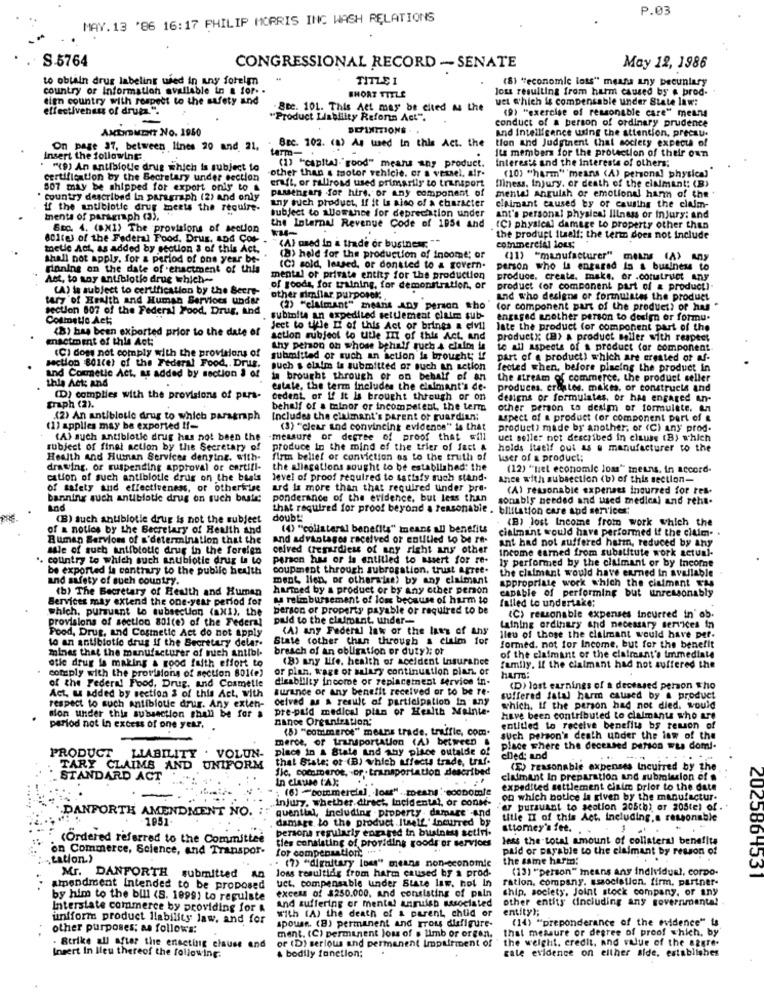
P.03
MAY. 13 '86 16:17 PHILIP MORRIS INC WASH RELATIONS
S-5764
CONGRESSIONAL RECORD - SENATE
May 12, 1986
to obtain drus labeling used in any forelm
TITLE I
(8) "economic loss" means any pecuniary
country or Information available in a for. .
Joss resulting from harm caused by a brod-
dign country with respect to the safety and
SHORT TITLE
uel which is compensable under State law:
effectiveness of drugs.".
.BBC. 101. This Act may be cited As the
"Product Liability Refors Act".
conduct of a person of ordinary prudence
(9) "exercise of reasonable care" means
AMENDMENT NO. 1950
and Intelligence using the attention, precau.
tion and Judyinent Chal society expecta of
On page 37, between lines 20 and 21. "
Bec. 102. (a) As used in this Act. the
Its members for the protection of their own
Insert the following:
(1) "capital-"good" means any product.
Interests and the interests of others:
"(9) An antibiotic drug which is subject to
other than & motor vehicle. er a vessel, alr.
certification by the Secretary under section
(10) "harm" means (A) personal physical
507 may be shipped for export only to &
passengers for hire, or any component of
craft, or ralirosd used primarily to transport
mental Anguish or emotional har of the .
finess, Injury. or death of the cinimant; (B)
country described In paragraph (2) and only
any such product, If it Is also of a character
If the antibiotic drug ments the require.
subject to allowance for depreciation under
claimant caused by or causths the claim-
ments of paragraph (3).
ant's personal physical lilness or injury: and
Sto. 4. (aN1) The provisions of section
the Internal Revenue Code of 1954 and
WEG-
(CI physical damage to property other than
801tej of the Federal Food, Drug, and Cot-
the product itself: the term does not Include
metic Act, as added by section 3 of this Act.
(A) used in a trade or business: ""
commercial long
shall not apply, for a period of one year be-
(8) held for the production of Income; or
(11) "manufacturer"
finning on the date of enactment of this
(C) sold, leused, or donsted to a govern.
person who is engaged In a business to
Ast, to any antibiotio drue which-
mental of private enthy for the production
produce. create. make, or .cotutrust any
(A) la subject to certification by the Secre-
of goods, for training, for demonstration, or
product (or component part of a product)
tary of Health and Human Services under
other similar purposek ;.
and who designs or formulates the product
section 807 of the Federal Food, Drug, And
(2) "claimant" means ADJ person who
(or component part of the product? of hus
Commeto Act;
subioite an expedited settlement claim sub-
engaged another person to design or formu.
(B) has been exported prior to the date of
Jeet to thele Li of this Act of brings a civil
late the product for component part of the
enactment of this Act:
action subject to utle III of this Act, and
productx; (B) a product seller with respect
thy Dehon on whose behalf queh 4 claim
to all aspects of a product for component
(C) doms not comply with the provisions of
submitted or such an action is brought; If
part of a product) which are created of af-
section 801(e) of the Federal Food ,. Drug.
such s claim is submitted or such an action
fected when, before placing the product in
and Cosmetic Act. as added by section § of
this Act: and
ta brought through or on behalf of an
the stream of commerce. the product seller
estate, the term includes the claimant's de-
produces. craftes. makes, or constructs and
(D) complies with the provisions of pars-
cedent, or If it Is brought through or on
deliens or formulates, or has engaged an-
traph (2).
behalf of a minor or incompetent, the term
other person to deaim of formulate. An
(2) An antibiotic drug to which paragraph
Includes the claimant's parent or guardian;
aspect of a product for component part of &
(1) applies may be exported !!-
(3) "clear and convincing evidence" is that
product) made by another, or (C) any prod-
(A) such antibiotic drug has not been the
measure or degree of proof that will
uet seller not described in clause (B) which
subject of finei action by the Secretary of produce In the mind of the trier of fact &
subject of finei action by the Secretary of
produce In the mind of the trier of fact &
holds itself out as a manufacturer to the
Health and Human Services denyine. with-
firm belief or conviction os to the truth of
user of a product;
drawing, or suspending approval or certifi-
the allegations sought to be established: the
(12) ""niet economie loss" means, in accord-
cation of such antibiotic drug on the basis level of proof required to satisfy such stand.
Ance with subsection (b) of this section-
of safety and effectiveness, or otherwise
ard is more than that required uinder pre-
(A) reasonable expenses incurred for res-
banning auch antibiotic drug on such beste;
ponderance of the evidence, but less than
sonably needed and used medical and reht-
Ind
that required for proof beyond a reasonable . bilitation care and services:
(B) such antibiotic drug is not the subject
doubt:
(B) Jost Income from work which the
of a noties by the Secretary of Health and
(0) "collateral benefits" means all benefits
cialmant would have performed if the claim-
Bumen Servions of a'determination that the
And advantages received or entitled to be re-
ant had not suffered harm, reduced by any
sale of such antibiotic drug in the forelen
ceived (regardless of any right any other
Income earned from substitute work actual.
. country to which such antibiotic drug la to
person has or is entitled to assert for re-
ly performed by the claimant or by Income
be exported la contrary to the public health
coupment through subrogation. trust Agree.
the claimant would have enmed in available
and safety of such country.
ment, lien, or otherwise) by any claimant
(b) The Becretary of Health and Human
harmed by a product or by any other person
capable of performing but unreasonably
appropriate work which the claimant Ets
Services may extend the one-year period for
as reimbursement of loss because of harm to
failed to undertake;
berson or property payable or required to be
which, pursuant to subsection (axi), the
provisions of section 801(e) of the Federal
Duld to the claimant. uhder-
<C) reasonable expenses Incurred in' ob.
Food, Drug, and Cosmetic Act do not apply
(Al any Federal lak or the laws of Any
Laining ordinary and necessary services in
to an antibiotic drug if the Secretary delar.
State (other than through a claim for
lleu of those the claimant would have per-
mines that the manufacturer of nich antibl.
breach of an obligation or duty); or
formed. not for Income, but for the benefit
(8) any Life, health of accident insurance
of the claimant of the claimant's immediate
otie drug is making a good faith effort to
comply with the provisions of section 801(e)
or plan, wage of salary continuation piar of
family. If the claimant had not suffered the
disability income or zeplacement service in-
of the Federal Food, Drug, and Cosmetle
turinde or any benefit received or to be re-
(D) lost earnings of a deceased person who
Act, u added by section & of this Act, with
ceived as a result of participation in any
suffered fatal harm caused by a product
respect to such Antibiotic drug. Any exten-
pre-paid medical plan of Health Mainte-
which. If the person had not died. would
sion under this subsection shall be for a
Dance Organization:
have been contributed to claimants who are
period not in excess of one year,
(8) "cotimeros" means trade, traffic, com.
entitled to receive benefits bs reason of
Uch person's death under the law of the
place in a State and aby place outalde of
merce, of transportation (A) between
place where the deceased person was domi-
PRODUCT
LIABILITY . VOLUN-
that State; or (B) which affects trade, traf.
ched: and
TARY CLAIMS AND UNIFORM
fle, commerot, or .transportation described
(E) reasonable expenses Incuired by the
STANDARD ACT
In clause FAX:
. ..
claimant In preparation and submission of a
(6) -commercial, Jos" .. means ' economie
expedited settlement claim prior to the date
Injury, whether direct, Incidental, or conse'-
on which notice is given by the manufactur.
quential, including . property damage and
ar pursuant to section 2cs(h), er 205tel of . .
DANFORTH AMENDMENT NO.
damage to the product Itself' incurred by
title II of this Act. including.a reasonable
persona regularly engaged in business setini.
attomey's fet.
(Ordered referred to the Committee
ties consisting of providing goods or services
less the total amount of collateral benefits
on Commerce, Science, and Transpor-
for compensation; " **
paid or parable to the claimant by reason of
: tation.)
(7) "diguitary loss" means non-economic
the same harm:
loss resulting from harm caused by a prod.
(13) "person" means any individual, corpo-
Mr. DANFORTH submitted An
uct. compensable under State law. not In
ration. company. ssaociation. firm. partner-
ZU2586 1331
amendment Intended to be proposed
excess of $250.000, and consisting of pain
chip, society, Joint stock company, or any
by him to the bill (S. 1099) to regulate
and suffering or mental anrufen associated
other entity dincluding any governmenta!
Interstate commerce by providing for &
entity);
uniform product liability law, and for
with (A) the death of a parent, chud or
(14) "Dr
ponderanc
of the evidence" is
other purposes; as follows:
spouse. (B) permanent and From disfigure-
that measure or degree of proof which, by
ment. (C) permanent loss of s limb or orgen.
. Strike all after the enacting clause and
or (D) serious and permanent Impairment of
gale evidence on either side, establishes
the weight. credit, and value of the aggre.
Insert in lieu thereof the following.
bodily fonction;